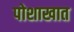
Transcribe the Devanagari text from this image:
पोशाखात